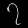
Digit: ၇